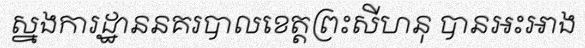
ស្នងការដ្ឋាននគរបាលខេត្តព្រះសីហនុ បានអះអាង